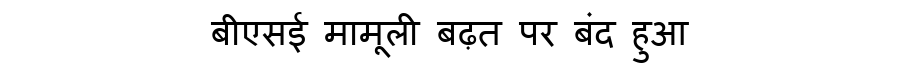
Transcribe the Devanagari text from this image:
बीएसई मामूली बढ़त पर बंद हुआ